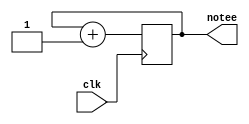
`timescale 1ns / 1ps
//////////////////////////////////////////////////////////////////////////////////
// Company: 
// Engineer: 
// 
// Design Name: 
// Module Name: notegenerator
// Project Name: 
// Target Devices: 
// Tool Versions: 
// Description: 
// 
// Dependencies: 
// 
// Revision:
// Revision 0.01 - File Created
// Additional Comments:
// 
//////////////////////////////////////////////////////////////////////////////////


module note(input clk, output reg [3:0]notee

    );
    always @ (posedge clk) begin
        notee <= notee + 1;
    end
endmodule